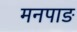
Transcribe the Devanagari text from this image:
मनपाङ